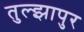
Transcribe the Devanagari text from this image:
तुल्झापुर